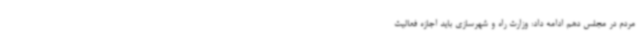
مردم در مجلس دهم ادامه داد: وزارت راه و شهرسازی باید اجازه فعالیت